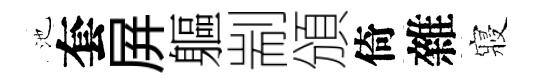
池套屛軀剬頒倚雜寢